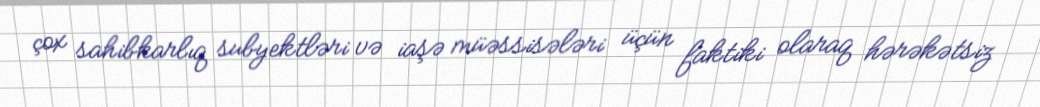
çox sahibkarlıq subyektləri və iaşə müəssisələri üçün faktiki olaraq hərəkətsiz